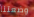
وضعتنا